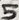
Text: 5